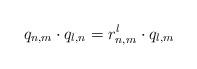
LaTeX: \begin{align*} q_{n,m} \cdot q_{l,n}= r^{l}_{n,m} \cdot q_{l,m}\end{align*}